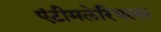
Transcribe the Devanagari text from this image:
एंटीमलेरियल्स